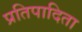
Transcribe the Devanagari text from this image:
प्रतिपादिता